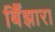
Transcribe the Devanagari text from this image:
बिँझारा